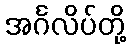
အင်္ဂလိပ်တို့